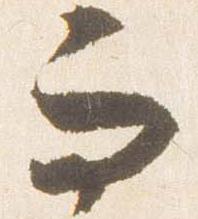
而